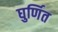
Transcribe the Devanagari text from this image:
घुर्णित